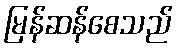
မြန်ဆန်စေသည်